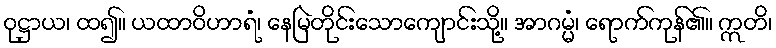
ဝုဋ္ဌာယ၊ ထ၍။ ယထာဝိဟာရံ၊ နေမြဲတိုင်းသောကျောင်းသို့။ အာဂမ္မံ၊ ရောက်ကုန်၏။ ဣတိ၊